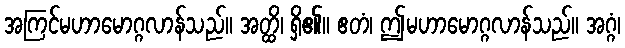
အကြင်မဟာမောဂ္ဂလာန်သည်။ အတ္ထိ၊ ရှိ၏။ ဧတံ၊ ဤမဟာမောဂ္ဂလာန်သည်။ အဂ္ဂံ၊